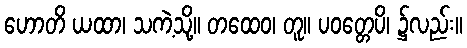
ဟောတိ ယထာ၊ သကဲ့သို့။ တထေဝ၊ တူ။ ပဝတ္တေပိ၊ ၌လည်း။